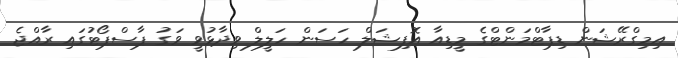
އިމިގްރޭޝަން ޑިޕާޓްމަންޓްގެ މީޑިއާ އޮފިޝަލް ހަސަން ހަލީލް ވިދާޅުވީ ވަގު ޕާސްޕޯޓުގައި ރާއްޖެ